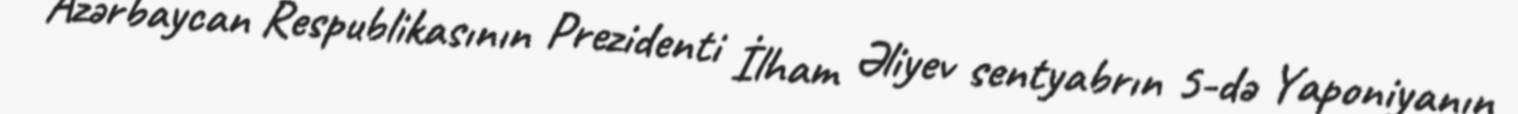
Azərbaycan Respublikasının Prezidenti İlham Əliyev sentyabrın 5-də Yaponiyanın